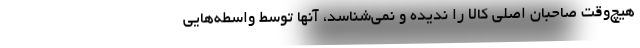
هيچ‌وقت صاحبان اصلي كالا را نديده و نمي‌شناسد، آنها توسط واسطه‌هايي